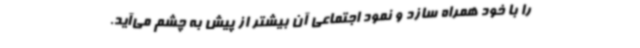
را با خود همراه سازد و نمود اجتماعی آن بیشتر از پیش به چشم می‌آید.